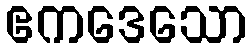
ဧကဒေသော